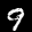
Digit: 9